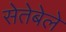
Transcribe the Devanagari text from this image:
सेतेबेले